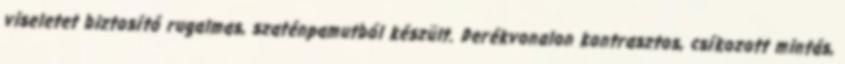
viseletet biztosító rugalmas, szaténpamutból készült. Derékvonalon kontrasztos, csíkozott mintás,